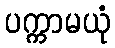
ပက္ကာမယုံ